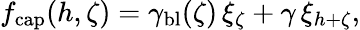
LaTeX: f_{\mathrm{cap}}(h,\zeta)=\gamma_{\mathrm{bl}}(\zeta)\, \xi_{\zeta}+\gamma\, \xi_{h+\zeta},